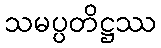
သမပ္ပတိဋ္ဌဿ